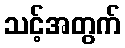
သင့်အတွက်